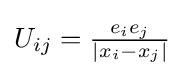
{\textstyle U_{ij}={\frac {e_{i}e_{j}}{|x_{i}-x_{j}|}}}